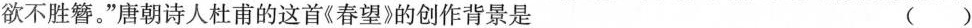
欲不胜簪。”唐朝诗人杜甫的这首《春望》的创作背景是 （ ）